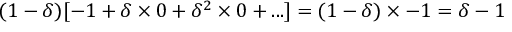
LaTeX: ( 1 - \delta ) [ - 1 + \delta \times 0 + \delta ^ { 2 } \times 0 + . . . ] = ( 1 - \delta ) \times - 1 = \delta - 1